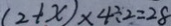
( 2 + x ) \times 4 \div 2 = 2 8